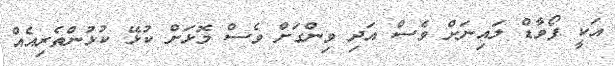
އަކީ ފޯވާޑް ލައިނަށް ވެސް އަދި ވިންގަށް ވެސް މޮޅަށް ކުޅޭ ކުޅުންތެރިއެއް